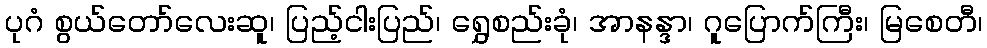
ပုဂံ စွယ်တော်လေးဆူ၊ ပြည့်ငါးပြည်၊ ရွှေစည်းခုံ၊ အာနန္ဒာ၊ ဂူပြောက်ကြီး၊ မြစေတီ၊